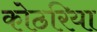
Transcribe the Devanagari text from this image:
कोठरिया